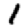
Digit: 1